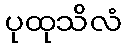
ပုထုသိလံ